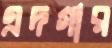
এদগার